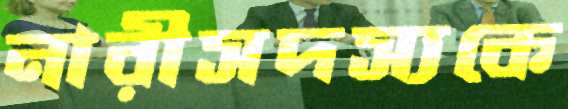
নারীসদস্যকে